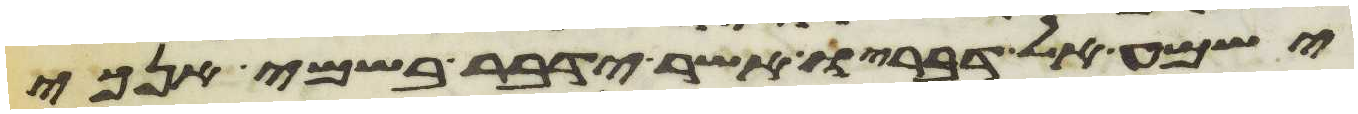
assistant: ישמע אל דבריו אשר ידבר בשמי אנכי